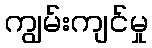
ကျွမ်းကျင်မှု